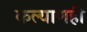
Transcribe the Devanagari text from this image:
कल्याणही